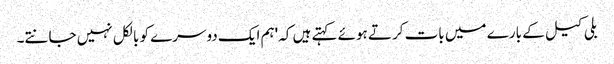
بلی کیل کے بارے میں بات کرتے ہوئے کہتے ہیں کہ 'ہم ایک دوسرے کو بالکل نہیں جانتے۔